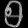
Digit: ၅